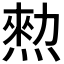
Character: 𤍂